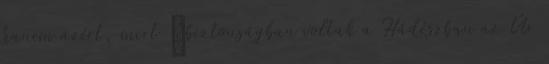
hanem azért, mert „biztonságban voltak a Hádészban az Úr